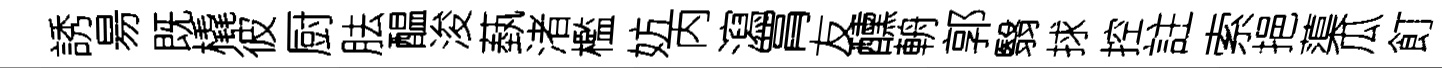
誘昜既橇彼厨胠醖浚蓺渚檻妨丙瀉罥友醺輈郭翳捄控註索挹蕖瓜飣